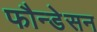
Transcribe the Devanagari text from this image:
फौन्डेसन